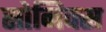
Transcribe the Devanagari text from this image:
सोनिक्स